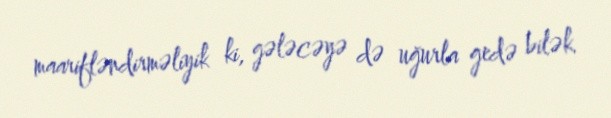
maarifləndirməliyik ki, gələcəyə də uğurla gedə bilək.